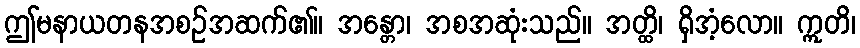
ဤမနာယတနအစဉ်အဆက်၏။ အန္တော၊ အစအဆုံးသည်။ အတ္ထိ၊ ရှိအံ့လော။ ဣတိ၊